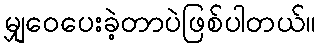
မျှဝေပေးခဲ့တာပဲဖြစ်ပါတယ်။